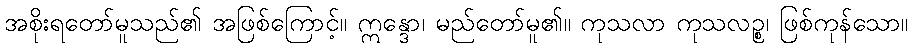
အစိုးရတော်မူသည်၏ အဖြစ်ကြောင့်။ ဣန္ဒော၊ မည်တော်မူ၏။ ကုသလာ ကုသလဉ္စ၊ ဖြစ်ကုန်သော။